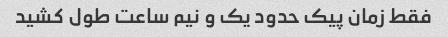
فقط زمان پیک حدود یک و نیم ساعت طول کشید